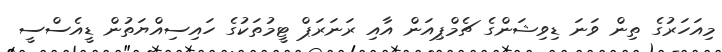
މިއަހަރުގެ ތިން ވަނަ ޑިވިޝަންގެ ޗެމްޕިއަން އާއި ރަނަރަޕް ޓީމުތަކުގެ ހައިސިއްޔަތުން ޑީއެސްސީ